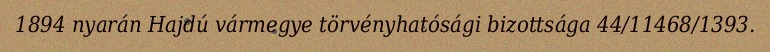
1894 nyarán Hajdú vármegye törvényhatósági bizottsága 44/11468/1393.